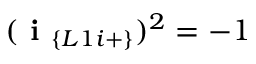
( \textbf { i } _ { \{ L 1 i + \} } ) ^ { 2 } = - 1